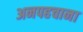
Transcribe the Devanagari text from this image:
अनपहचाना